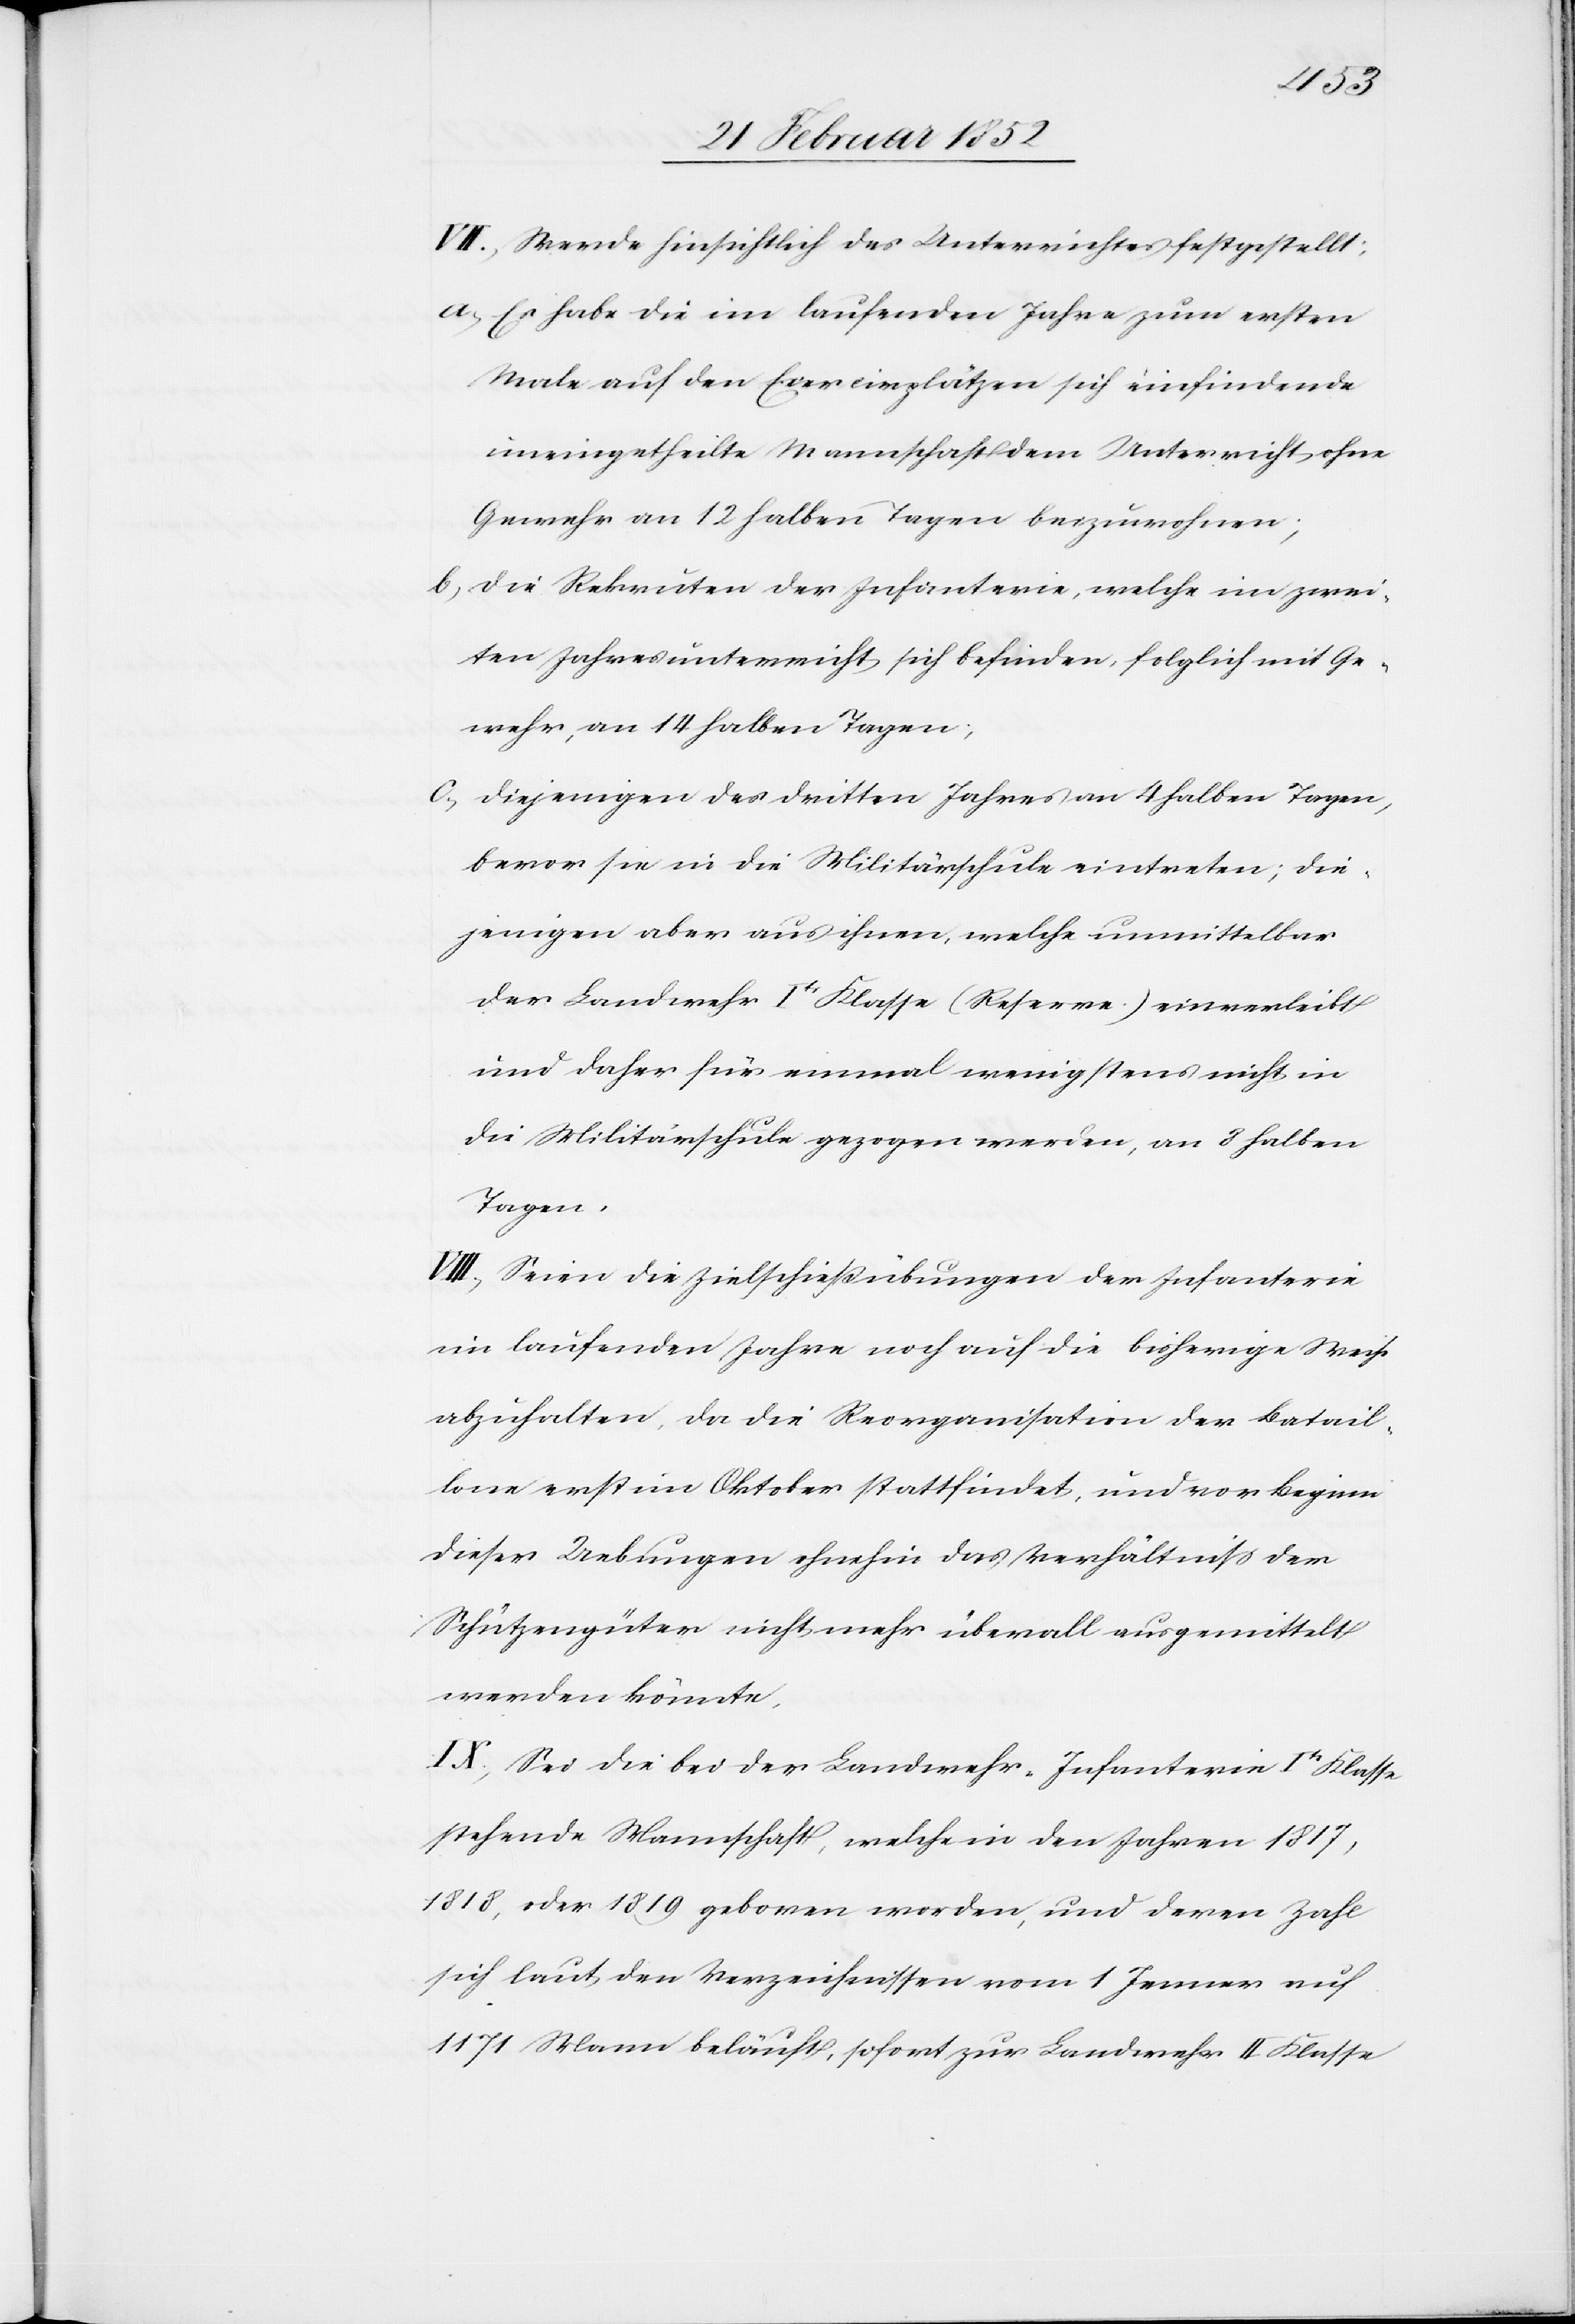
VII.) Werde hinsichtlich des Unterrichtes festgestellt:
a) Es habe die im laufenden Jahre zum ersten
Male auf den Exercirplätzen sich einfindende
uneingetheilte Mannschaft dem Unterricht ohne
Gewehr an 12 halben Tagen beizuwohnen;
b) Die Rekruten der Infanterie, welche im zwei¬
ten Jahresunterricht sich befinden, folglich mit Ge¬
wehr, an 14 halben Tagen;
c.) Diejenigen des dritten Jahres an 4 halben Tagen,
bevor sie in die Militärschule eintreten, die¬
jenigen aber aus ihnen, welche unmittelbar
der Landwehr Ite Klasse (Reserve) einverleibt
und daher für einmal wenigstens nicht in
die Militärschule gezogen werden, an 3 halben
Tagen.
VIII.) Seien die Zielschießübungen der Infanterie
im laufenden Jahre noch auf die bisherige Weise
abzuhalten, da die Reorganisation der Batail¬
lone erst im Oktober stattfindet, und vor Beginn
dieser Uebungen ohnehin das Verhältniß der
Schützengüter nicht mehr überall ausgemittelt
werden könnte.
IX.) Sei die bei der Landwehr-Infanterie Ite Klasse
stehende Mannschaft, welche in den Jahren 1817,
1818, oder 1819 geboren worden, und deren Zahl
sich laut den Verzeichnissen vom 1 Jenner auf
1171 Mann beläuft, sofort zur Landwehr II Klasse